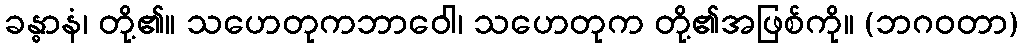
ခန္ဓာနံ၊ တို့၏။ သဟေတုကဘာဝေါ၊ သဟေတုက တို့၏အဖြစ်ကို။ (ဘဂဝတာ)